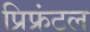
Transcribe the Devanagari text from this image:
प्रिफ्रंटल